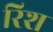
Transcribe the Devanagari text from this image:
रिश